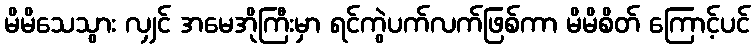
မိမိသေသွား လျှင် အမေအိုကြီးမှာ ရင်ကွဲပက်လက်ဖြစ်ကာ မိမိစိတ် ကြောင့်ပင်